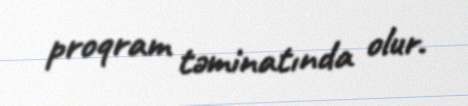
proqram təminatında olur.